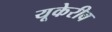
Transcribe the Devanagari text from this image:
यूकेरीव